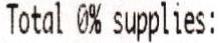
TOTAL 0% SUPPLIES: